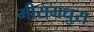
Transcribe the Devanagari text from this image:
मीरामधुरा